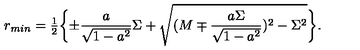
r _ { m i n } = { \textstyle \frac { 1 } { 2 } } \biggl \{ \pm \frac { a } { \sqrt { 1 - a ^ { 2 } } } \Sigma + \sqrt { ( M \mp \frac { a \Sigma } { \sqrt { 1 - a ^ { 2 } } } ) ^ { 2 } - \Sigma ^ { 2 } } \biggr \} .